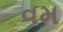
વમ